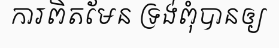
ការពិតមែន ទ្រង់ពុំបានឲ្យ